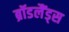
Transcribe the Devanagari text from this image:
ब्रॉडलैंड्स